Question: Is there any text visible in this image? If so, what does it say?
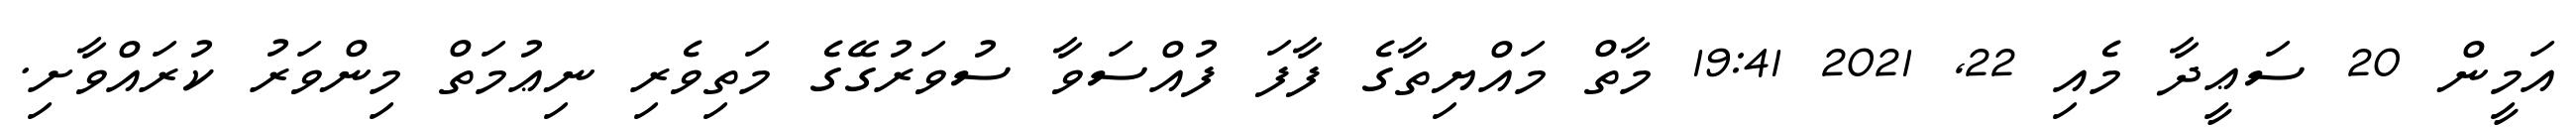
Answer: އަމީން 20 ސަޢީދާ މެއި 22, 2021 19:41 މާތް މައްޔިތާގެ ފާފަ ފުއްސަވާ ސުވަރުގޭގެ މަތިވެރި ނިޢުމަތް މިންވަރު ކުރައްވާށި.